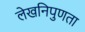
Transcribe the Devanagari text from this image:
लेखनिपुणता